Scottish Leaving Certificate Examination, 1958
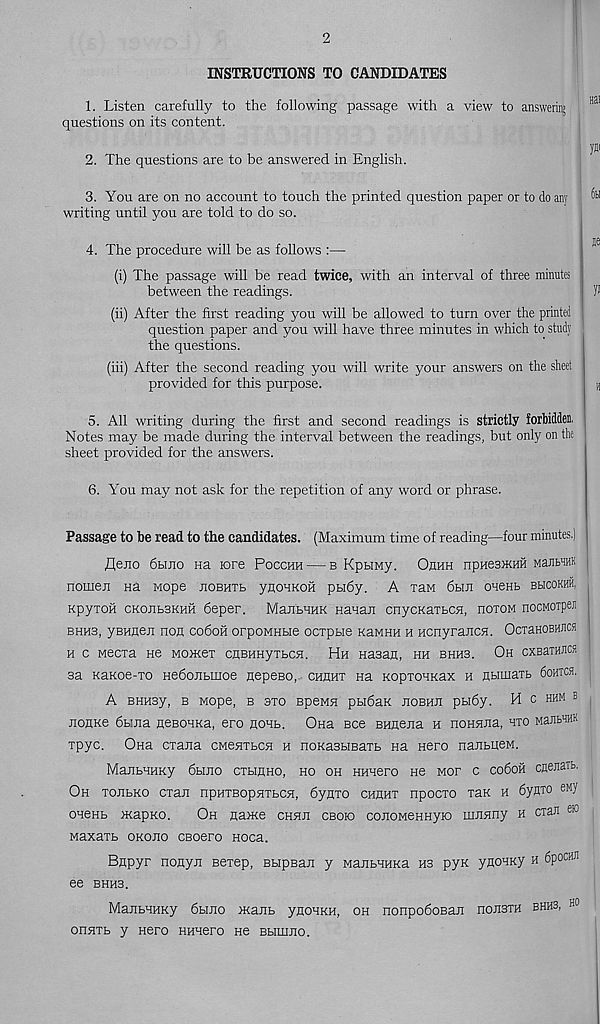
2
INSTRUCTIONS TO CANDIDATES
1. Listen carefully to the following passage with a view to answering
questions on its content.
nai
2. The questions are to be answered in English.
3. You are on no account to touch the printed question paper or to do any
writing until you are told to do so.
yai
to
4. The procedure will be as follows :—
(i) The passage will be read twice, with an interval of three minutes
between the readings.
yi
(ii) After the first reading you will be allowed to turn over the printed
question paper and you will have three minutes in which to study
the questions.
(iii) After the second reading you will write your answers on the sheet
provided for this purpose.
5. All writing during the first and second readings is strictly forbidden.
Notes may be made during the interval between the readings, but only on the
sheet provided for the answers.
6. You may not ask for the repetition of any word or phrase.
Passage to be read to the candidates. (Maximum time of reading—four minutes.)
fleno 6hjio na lore Pocchh — b KpHMy. Ohhh npHesmHH Mans 1 #®
nomen na Mope hobhtl ynouKOH ptidy. A xaM 6hji oneHt bhcokhh,
KpyioH CKOJ1B3KHH 6eper. MantHHK HanaJi cnycKaibCH, itotom nocMOTpei
bhh3, yBHnen non codoii orpoMHue ocrptie KaMHH h Hcnyrancn. OcraHOBWicn
h c Mecxa He Moacex CHBHHyxbCH. Hh Hasan, hh bhhs. Oh cxsaraflcsi
sa KaKoe-xo Hedonbuioe nepeso, chhhx na KopxonKax h numaxb 6oHxcfl.
A BHH3y, B Mope, B 3X0 BpeMH pbldaK JIOBHJI pbl6y. H c HHM B
jioHKe 6buia «eBOHKa, ero hohb. Ona Bee Bnnejia h noHHJia, hxo ManbHHK
xpyc. Ona cxana CMenxbCH h noKasbiBaxb na Hero nanbueM.
MaJibHHKy 6hjio cxhhho, ho oh HHnero ne mop c co6oh cnetiaTfa.
Oh xojibko cxan npHXBopnxbCH, 6ynxo chuhx npocxo xaK h 6yflxo ewy
oneKb mapKO.
Oh narKe chhji cbobo conoMenHyio mnsmy h cxaJi ®
Maxaxb okojio CBoero Hoca.
Bnpyr nonyji sexep, BbipBaxt y ManbHHKa m pyK yaoHKy h 6pocHJi
ee bhhs.
MajibHHKy 6bmo xcajib ynouRH, oh nonpodosaji noJisxn bhhs, ho
onnxb y Hero Hunero ne Bbimjio.